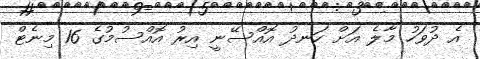
އެ ދުވަހު މާލެ އަށް ހަނދު އޮއްސޭނީ އިރު އޮއްސުމުގެ 16 މިނެޓް